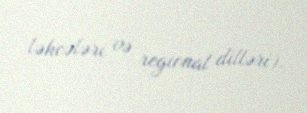
ləhcələri və regional dilləri).